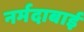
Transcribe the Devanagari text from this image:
नर्मदाबाई